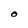
Character: O